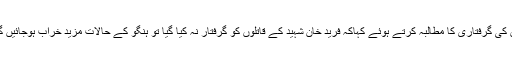
انہوں نے حکومت سے فرید خان شہید کے قاتلوں کی گرفتاری کا مطالبہ کرتے ہوئے کہاکہ فرید خان شہید کے قاتلوں کو گرفتار نہ کیا گیا تو ہنگو کے حالات مزید خراب ہوجائیں گے جس کی تمام تر ذمہ داری حکومت پر ہوگی۔